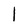
Character: 1